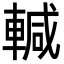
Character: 輱